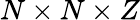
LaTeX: N\times N\times Z